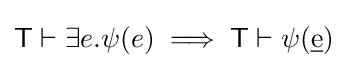
{\mathsf {T}}\vdash \exists e.\psi (e)\implies {\mathsf {T}}\vdash \psi ({\underline {\mathrm {e} }})